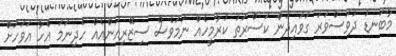
މާބަނޑު ދުވަސްވަރު ގަވައިދުން ކަސްރަތު ކުރާމީހެއް ނަމަވެސް ސިޒޭރިއަންއެއް ހެދިނަމަ އެހާ އަވަހަށް